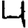
Digit: 4